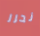
نحرر